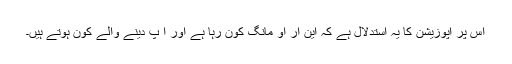
اس پر اپوزیشن کا یہ استدلال ہے کہ این آر او مانگ کون رہا ہے اور آ پ دینے والے کون ہوتے ہیں۔